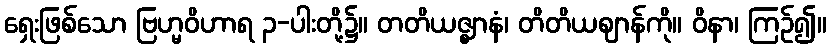
ရှေးဖြစ်သော ဗြဟ္မဝိဟာရ ၃-ပါးတို့၌။ တတိယဇ္ဈာနံ၊ တိတိယဈာန်ကို။ ဝိနာ၊ ကြဉ်၍။